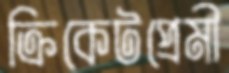
ক্রিকেটপ্রেমী